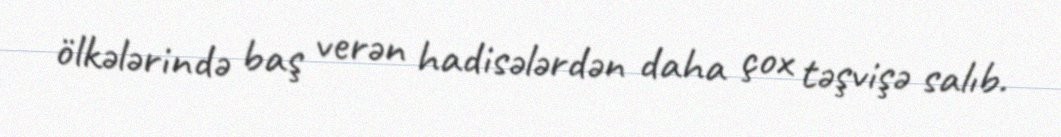
ölkələrində baş verən hadisələrdən daha çox təşvişə salıb.